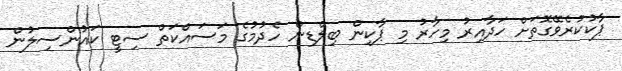
ޕާކުކުރެވޭގޮތަށް ހަދާއިރު މިހާރު މި ޕާކިން ބިލްޑިން ހެދުމުގެ މަސައްކަތް ސިޓީ ކައުންސިލުން